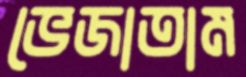
ভেজাতাম